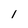
Character: 1